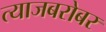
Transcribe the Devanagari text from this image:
त्याजबरोबर